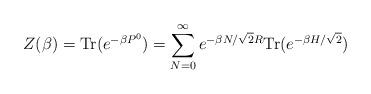
LaTeX: \begin{align*}Z(\beta)= {\rm Tr}( e^{-\beta P^0})=\sum_{N=0}^\infty e^{-\beta N/\sqrt{2}R}{\rm Tr}( e^{-\beta H/\sqrt{2} })\end{align*}